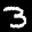
Label: 3